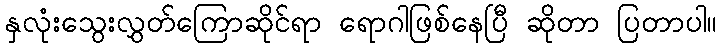
နှလုံးသွေးလွှတ်ကြောဆိုင်ရာ ရောဂါဖြစ်နေပြီ ဆိုတာ ပြတာပါ။